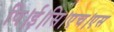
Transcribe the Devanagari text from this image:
पि।ई।सि।एच।एस